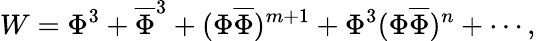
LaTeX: W=\Phi^{3}+\overline{{{\Phi}}}^{3}+(\Phi\overline{{{\Phi}}})^{m+1}+\Phi^{3}(\Phi\overline{{{\Phi}}})^{n}+\cdots,